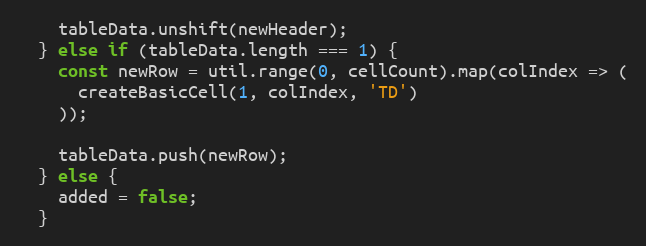
Language: JavaScript
    tableData.unshift(newHeader);
  } else if (tableData.length === 1) {
    const newRow = util.range(0, cellCount).map(colIndex => (
      createBasicCell(1, colIndex, 'TD')
    ));

    tableData.push(newRow);
  } else {
    added = false;
  }